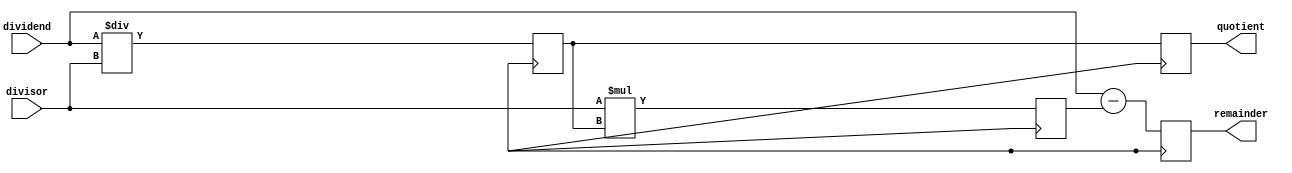
module Pipelined_Divider(
  input wire [31:0] dividend,
  input wire [31:0] divisor,
  output reg [31:0] quotient,
  output reg [31:0] remainder
);

reg [31:0] partial_quotient;
reg [31:0] partial_result;

always @ (posedge clk) begin
  // Input processing stage
  partial_quotient <= dividend / divisor;
  
  // Computation of partial quotients stage
  partial_result <= divisor * partial_quotient;
  
  // Accumulating partial results stage
  remainder <= dividend - partial_result;

  // Producing the final quotient stage
  quotient <= partial_quotient;
end

endmodule